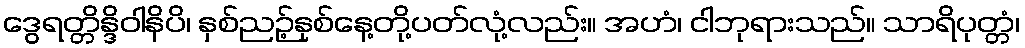
ဒွေရတ္တိန္ဒိဝါနိပိ၊ နှစ်ညဉ့်နှစ်နေ့တို့ပတ်လုံ့လည်း။ အဟံ၊ ငါဘုရားသည်။ သာရိပုတ္တံ၊